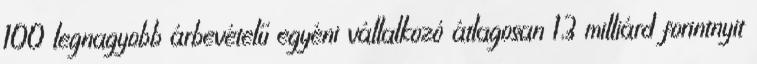
100 legnagyobb árbevételű egyéni vállalkozó átlagosan 1,3 milliárd forintnyit